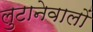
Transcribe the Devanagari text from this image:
लुटानेवालों